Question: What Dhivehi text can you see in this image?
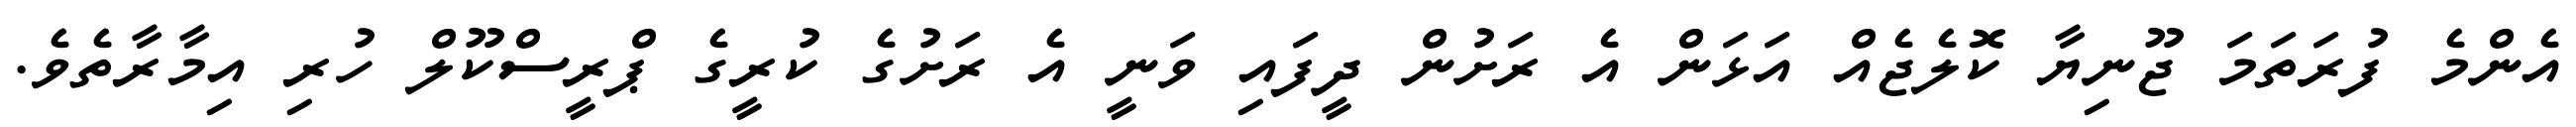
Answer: އެންމެ ފުރަތަމަ ޖޫނިޔާ ކޮލެޖެއް އަޅަން އެ ރަށުން ދީފައި ވަނީ އެ ރަށުގެ ކުރީގެ ޕްރީސްކޫލް ހުރި އިމާރާތެވެ.